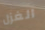
الغزل